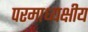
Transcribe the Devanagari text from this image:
परमाध्यक्षीय